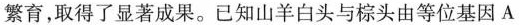
繁育，取得了显著成果。已知山羊白头与棕头由等位基因A